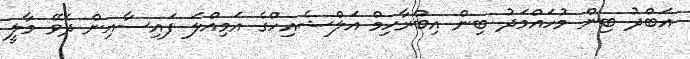
އަބްދު ބިން މުހައްމަދު ބިން އިބްރާހިމް އަލްޝެއިހްގެ އަމިއްލަ ފައިސާއިން ދެވޭ މާލީ